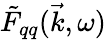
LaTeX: \tilde{F}_{qq}(\vec{k},\omega)